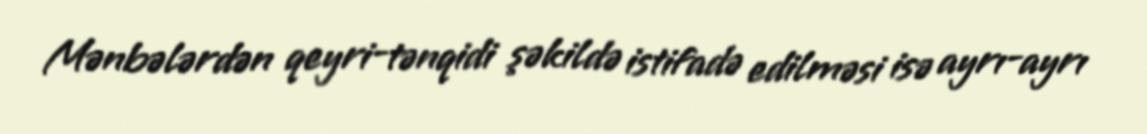
Mənbələrdən qeyri-tənqidi şəkildə istifadə edilməsi isə ayrı-ayrı